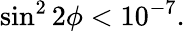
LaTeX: \sin^{2}2\phi<10^{-7}.